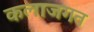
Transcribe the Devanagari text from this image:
कलाजगत